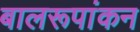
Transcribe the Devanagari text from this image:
बालरूपांकन